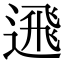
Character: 𨕗